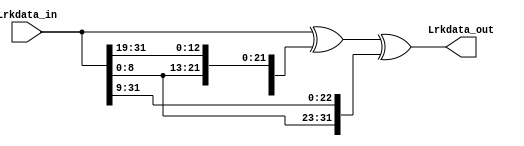
/*******************lijingchao*********************
  rkLL
  2
  1323
  : Lrkdata_in  32
  : Lrkdata_out 32
***************************************************/
module Lrk_change(//input
                    Lrkdata_in,
                    //output
                    Lrkdata_out);
input[0:31] Lrkdata_in;
output[0:31] Lrkdata_out;
  
assign Lrkdata_out=Lrkdata_in^{Lrkdata_in[13:31],Lrkdata_in[0:12]}^{Lrkdata_in[23:31],Lrkdata_in[0:22]};
                        //L1323
endmodule